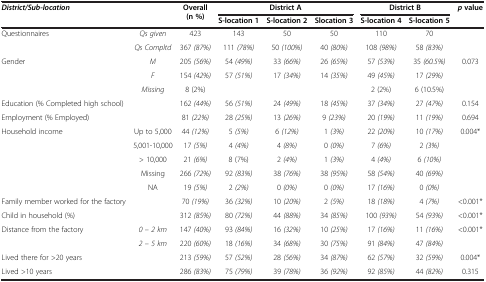
<table><thead><tr><td rowspan="2"><b><i>District/Sub-location</i></b></td><td rowspan="2"><b> </b></td><td rowspan="2"><b>Overall (n %)</b></td><td colspan="3"><b>District A</b></td><td colspan="2"><b>District B</b></td><td rowspan="2"><b><i>p </i>value</b></td></tr><tr><td><b>S-location 1</b></td><td><b>S-location 2</b></td><td><b>Slocation 3</b></td><td><b>S-location 4</b></td><td><b>S-location 5</b></td></tr></thead><tbody><tr><td rowspan="2">Questionnaires</td><td><i>Qs given</i></td><td>423</td><td>143</td><td>50</td><td>50</td><td>110</td><td>70</td><td> </td></tr><tr><td><i>Qs Compltd</i></td><td>367 <i>(87%)</i></td><td>111 <i>(78%)</i></td><td>50 <i>(100%)</i></td><td>40 <i>(80%)</i></td><td>108 <i>(98%)</i></td><td>58 <i>(83%)</i></td><td> </td></tr><tr><td rowspan="3">Gender</td><td><i>M</i></td><td>205 <i>(56%)</i></td><td>54 <i>(49%)</i></td><td>33 <i>(66%)</i></td><td>26 <i>(65%)</i></td><td>57 <i>(53%)</i></td><td>35 <i>(60.5%)</i></td><td>0.073</td></tr><tr><td><i>F</i></td><td>154 <i>(42%)</i></td><td>57 <i>(51%)</i></td><td>17 <i>(34%)</i></td><td>14 <i>(35%)</i></td><td>49 <i>(45%)</i></td><td>17 <i>(29%)</i></td><td> </td></tr><tr><td><i>Missing</i></td><td>8 (2%)</td><td> </td><td> </td><td> </td><td>2 (2%)</td><td>6 (10.5%)</td><td> </td></tr><tr><td>Education (% Completed high school)</td><td> </td><td>162 <i>(44%)</i></td><td>56 <i>(51%)</i></td><td>24 <i>(49%)</i></td><td>18 <i>(45%)</i></td><td>37 <i>(34%)</i></td><td>27 <i>(47%)</i></td><td>0.154</td></tr><tr><td>Employment (% Employed)</td><td> </td><td>81 <i>(22%)</i></td><td>28 <i>(25%)</i></td><td>13 <i>(26%)</i></td><td>9 <i>(23%)</i></td><td>20 <i>(19%)</i></td><td>11 <i>(19%)</i></td><td>0.694</td></tr><tr><td rowspan="5">Household income</td><td>Up to 5,000</td><td>44 <i>(12%)</i></td><td>5 <i>(5%)</i></td><td>6 <i>(12%)</i></td><td>1 <i>(3%)</i></td><td>22 <i>(20%)</i></td><td>10 <i>(17%)</i></td><td>0.004*</td></tr><tr><td>5,001-10,000</td><td>17 <i>(5%)</i></td><td>4 <i>(4%)</i></td><td>4 <i>(8%)</i></td><td>0 <i>(0%)</i></td><td>7 <i>(6%)</i></td><td>2 <i>(3%)</i></td><td> </td></tr><tr><td>&gt; 10,000</td><td>21 <i>(6%)</i></td><td>8 (7%)</td><td>2 <i>(4%)</i></td><td>1 <i>(3%)</i></td><td>4 <i>(4%)</i></td><td>6 <i>(10%)</i></td><td> </td></tr><tr><td>Missing</td><td>266 <i>(72%)</i></td><td>92 <i>(83%)</i></td><td>38 <i>(76%)</i></td><td>38 <i>(95%)</i></td><td>58 <i>(54%)</i></td><td>40 <i>(69%)</i></td><td> </td></tr><tr><td>NA</td><td>19 <i>(5%)</i></td><td>2 <i>(2%)</i></td><td>0 <i>(0%)</i></td><td>0 <i>(0%)</i></td><td>17 <i>(16%)</i></td><td>0 <i>(0%)</i></td><td> </td></tr><tr><td>Family member worked for the factory</td><td> </td><td>70 <i>(19%)</i></td><td>36 <i>(32%)</i></td><td>10 <i>(20%)</i></td><td>2 <i>(5%)</i></td><td>18 <i>(18%)</i></td><td>4 <i>(7%)</i></td><td>&lt;0.001*</td></tr><tr><td>Child in household (%)</td><td> </td><td>312 <i>(85%)</i></td><td>80 <i>(72%)</i></td><td>44 <i>(88%)</i></td><td>34 <i>(85%)</i></td><td>100 <i>(93%)</i></td><td>54 <i>(93%)</i></td><td>&lt;0.001*</td></tr><tr><td rowspan="2">Distance from the factory</td><td><i>0 – 2 km</i></td><td>147 <i>(40%)</i></td><td>93 <i>(84%)</i></td><td>16 <i>(32%)</i></td><td>10 <i>(25%)</i></td><td>17 <i>(16%)</i></td><td>11 <i>(16%)</i></td><td>&lt;0.001*</td></tr><tr><td><i>2 – 5 km</i></td><td>220 <i>(60%)</i></td><td>18 <i>(16%)</i></td><td>34 <i>(68%)</i></td><td>30 <i>(75%)</i></td><td>91 <i>(84%)</i></td><td>47 <i>(84%)</i></td><td> </td></tr><tr><td>Lived there for &gt;20 years</td><td> </td><td>213 <i>(59%)</i></td><td>57 <i>(52%)</i></td><td>28 <i>(56%)</i></td><td>34 <i>(87%)</i></td><td>62 <i>(57%)</i></td><td>32 <i>(59%)</i></td><td>0.004*</td></tr><tr><td>Lived &gt;10 years</td><td> </td><td>286 <i>(83%)</i></td><td>75 <i>(79%)</i></td><td>39 <i>(78%)</i></td><td>36 <i>(92%)</i></td><td>92 <i>(85%)</i></td><td>44 <i>(82%)</i></td><td>0.315</td></tr></tbody></table>